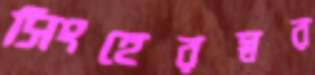
সিংহেরস্বর